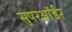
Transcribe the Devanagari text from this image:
सुपरऑर्डर